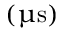
( \upmu \mathrm { { s } ) }